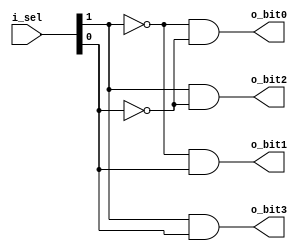

//2-4 decoder
module decoder_2to4(o_bit0, o_bit1, o_bit2, o_bit3, i_sel);
	output o_bit0, o_bit1, o_bit2, o_bit3;
	input[1:0] i_sel;
	
	assign o_bit0 = !i_sel[1] & !i_sel[0];
	assign o_bit1 = !i_sel[1] &  i_sel[0];
	assign o_bit2 =  i_sel[1] & !i_sel[0];
	assign o_bit3 =  i_sel[1] &  i_sel[0];
endmodule

//5-32 decoder
module decoder_5to32(
  o_bit0, o_bit1, o_bit2, o_bit3, o_bit4, o_bit5, o_bit6, o_bit7, 
  o_bit8, o_bit9, o_bit10, o_bit11, o_bit12, o_bit13, o_bit14, o_bit15, 
  o_bit16, o_bit17, o_bit18, o_bit19, o_bit20, o_bit21, o_bit22, o_bit23, 
  o_bit24, o_bit25, o_bit26, o_bit27, o_bit28, o_bit29, o_bit30, o_bit31, 
  i_sel
  );

	output o_bit0, o_bit1, o_bit2, o_bit3, o_bit4, o_bit5, o_bit6, o_bit7, 
  o_bit8, o_bit9, o_bit10, o_bit11, o_bit12, o_bit13, o_bit14, o_bit15, 
  o_bit16, o_bit17, o_bit18, o_bit19, o_bit20, o_bit21, o_bit22, o_bit23, 
  o_bit24, o_bit25, o_bit26, o_bit27, o_bit28, o_bit29, o_bit30, o_bit31; 
  
	input[4:0] i_sel;
	
	assign o_bit0  = !i_sel[4] & !i_sel[3] & !i_sel[2] & !i_sel[1] & !i_sel[0];
	assign o_bit1  = !i_sel[4] & !i_sel[3] & !i_sel[2] & !i_sel[1] &  i_sel[0];
	assign o_bit2  = !i_sel[4] & !i_sel[3] & !i_sel[2] &  i_sel[1] & !i_sel[0];
	assign o_bit3  = !i_sel[4] & !i_sel[3] & !i_sel[2] &  i_sel[1] &  i_sel[0];
	assign o_bit4  = !i_sel[4] & !i_sel[3] &  i_sel[2] & !i_sel[1] & !i_sel[0];
	assign o_bit5  = !i_sel[4] & !i_sel[3] &  i_sel[2] & !i_sel[1] &  i_sel[0];
	assign o_bit6  = !i_sel[4] & !i_sel[3] &  i_sel[2] &  i_sel[1] & !i_sel[0];
	assign o_bit7  = !i_sel[4] & !i_sel[3] &  i_sel[2] &  i_sel[1] &  i_sel[0];
	assign o_bit8  = !i_sel[4] &  i_sel[3] & !i_sel[2] & !i_sel[1] & !i_sel[0];
	assign o_bit9  = !i_sel[4] &  i_sel[3] & !i_sel[2] & !i_sel[1] &  i_sel[0];
	assign o_bit10 = !i_sel[4] &  i_sel[3] & !i_sel[2] &  i_sel[1] & !i_sel[0];
	assign o_bit11 = !i_sel[4] &  i_sel[3] & !i_sel[2] &  i_sel[1] &  i_sel[0];
	assign o_bit12 = !i_sel[4] &  i_sel[3] &  i_sel[2] & !i_sel[1] & !i_sel[0];
	assign o_bit13 = !i_sel[4] &  i_sel[3] &  i_sel[2] & !i_sel[1] &  i_sel[0];
	assign o_bit14 = !i_sel[4] &  i_sel[3] &  i_sel[2] &  i_sel[1] & !i_sel[0];
	assign o_bit15 = !i_sel[4] &  i_sel[3] &  i_sel[2] &  i_sel[1] &  i_sel[0];
	assign o_bit16 =  i_sel[4] & !i_sel[3] & !i_sel[2] & !i_sel[1] & !i_sel[0];
	assign o_bit17 =  i_sel[4] & !i_sel[3] & !i_sel[2] & !i_sel[1] &  i_sel[0];
	assign o_bit18 =  i_sel[4] & !i_sel[3] & !i_sel[2] &  i_sel[1] & !i_sel[0];
	assign o_bit19 =  i_sel[4] & !i_sel[3] & !i_sel[2] &  i_sel[1] &  i_sel[0];
	assign o_bit20 =  i_sel[4] & !i_sel[3] &  i_sel[2] & !i_sel[1] & !i_sel[0];
	assign o_bit21 =  i_sel[4] & !i_sel[3] &  i_sel[2] & !i_sel[1] &  i_sel[0];
	assign o_bit22 =  i_sel[4] & !i_sel[3] &  i_sel[2] &  i_sel[1] & !i_sel[0];
	assign o_bit23 =  i_sel[4] & !i_sel[3] &  i_sel[2] &  i_sel[1] &  i_sel[0];
	assign o_bit24 =  i_sel[4] &  i_sel[3] & !i_sel[2] & !i_sel[1] & !i_sel[0];
	assign o_bit25 =  i_sel[4] &  i_sel[3] & !i_sel[2] & !i_sel[1] &  i_sel[0];
	assign o_bit26 =  i_sel[4] &  i_sel[3] & !i_sel[2] &  i_sel[1] & !i_sel[0];
	assign o_bit27 =  i_sel[4] &  i_sel[3] & !i_sel[2] &  i_sel[1] &  i_sel[0];
	assign o_bit28 =  i_sel[4] &  i_sel[3] &  i_sel[2] & !i_sel[1] & !i_sel[0];
	assign o_bit29 =  i_sel[4] &  i_sel[3] &  i_sel[2] & !i_sel[1] &  i_sel[0];
	assign o_bit30 =  i_sel[4] &  i_sel[3] &  i_sel[2] &  i_sel[1] & !i_sel[0];
	assign o_bit31 =  i_sel[4] &  i_sel[3] &  i_sel[2] &  i_sel[1] &  i_sel[0];

endmodule